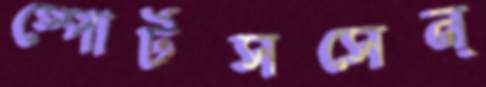
স্পোর্টসসেন্